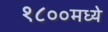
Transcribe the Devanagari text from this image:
१८००मध्ये